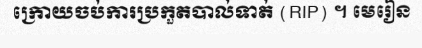
ក្រោយចប់ការប្រកួតបាល់ទាត់ (RIP) ។ មេរៀន